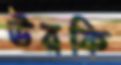
উরকি